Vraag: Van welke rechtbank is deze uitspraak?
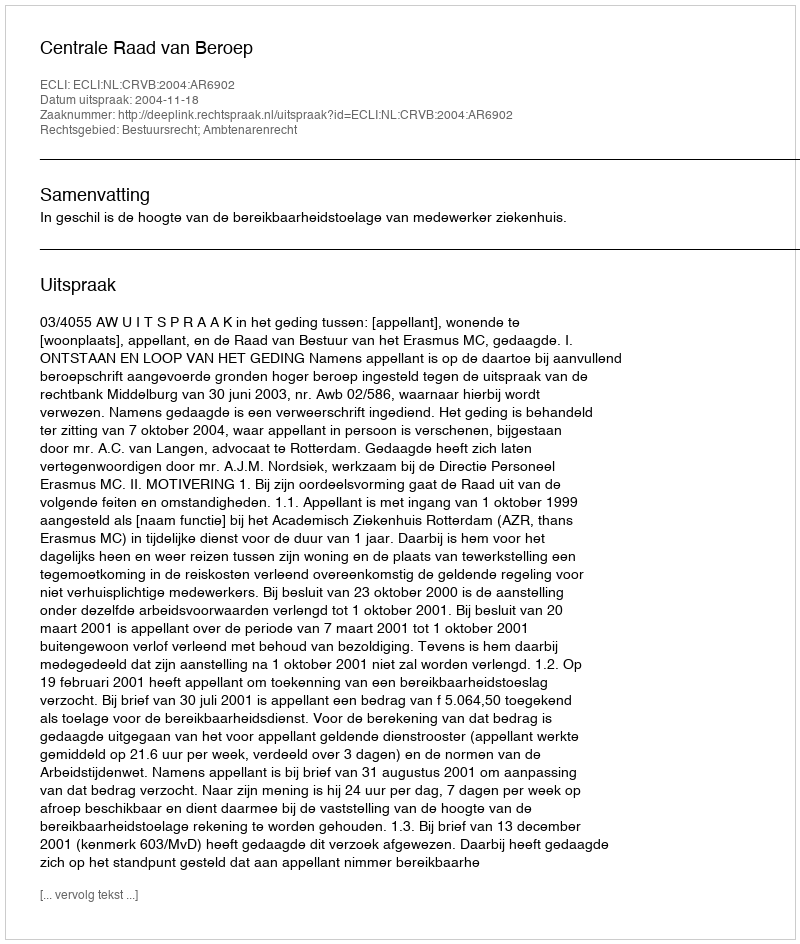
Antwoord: Centrale Raad van Beroep